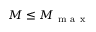
M \leq M _ { \mathrm { ~ m ~ a ~ x ~ } }